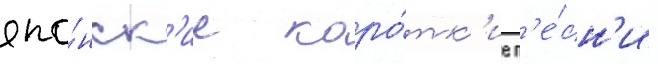
япо́нск'ие коро́тк'ие п'е́сн'и -